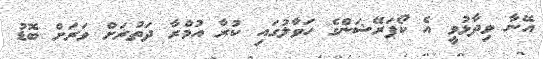
އޭނާ ވިދާޅުވީ އެ ކޯޕަރޭޝަންގެ ހަވާލުގައި ކުރާ އުމްރާ ދަތުރަށް ވަރަށް ބޮޑު